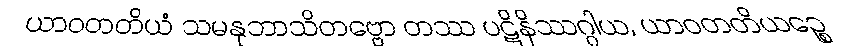
ယာဝတတိယံ သမနုဘာသိတဗ္ဗော တဿ ပဋိနိဿဂ္ဂါယ, ယာဝတတိယဉ္စေ